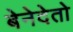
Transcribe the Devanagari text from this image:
बेनेदेतो